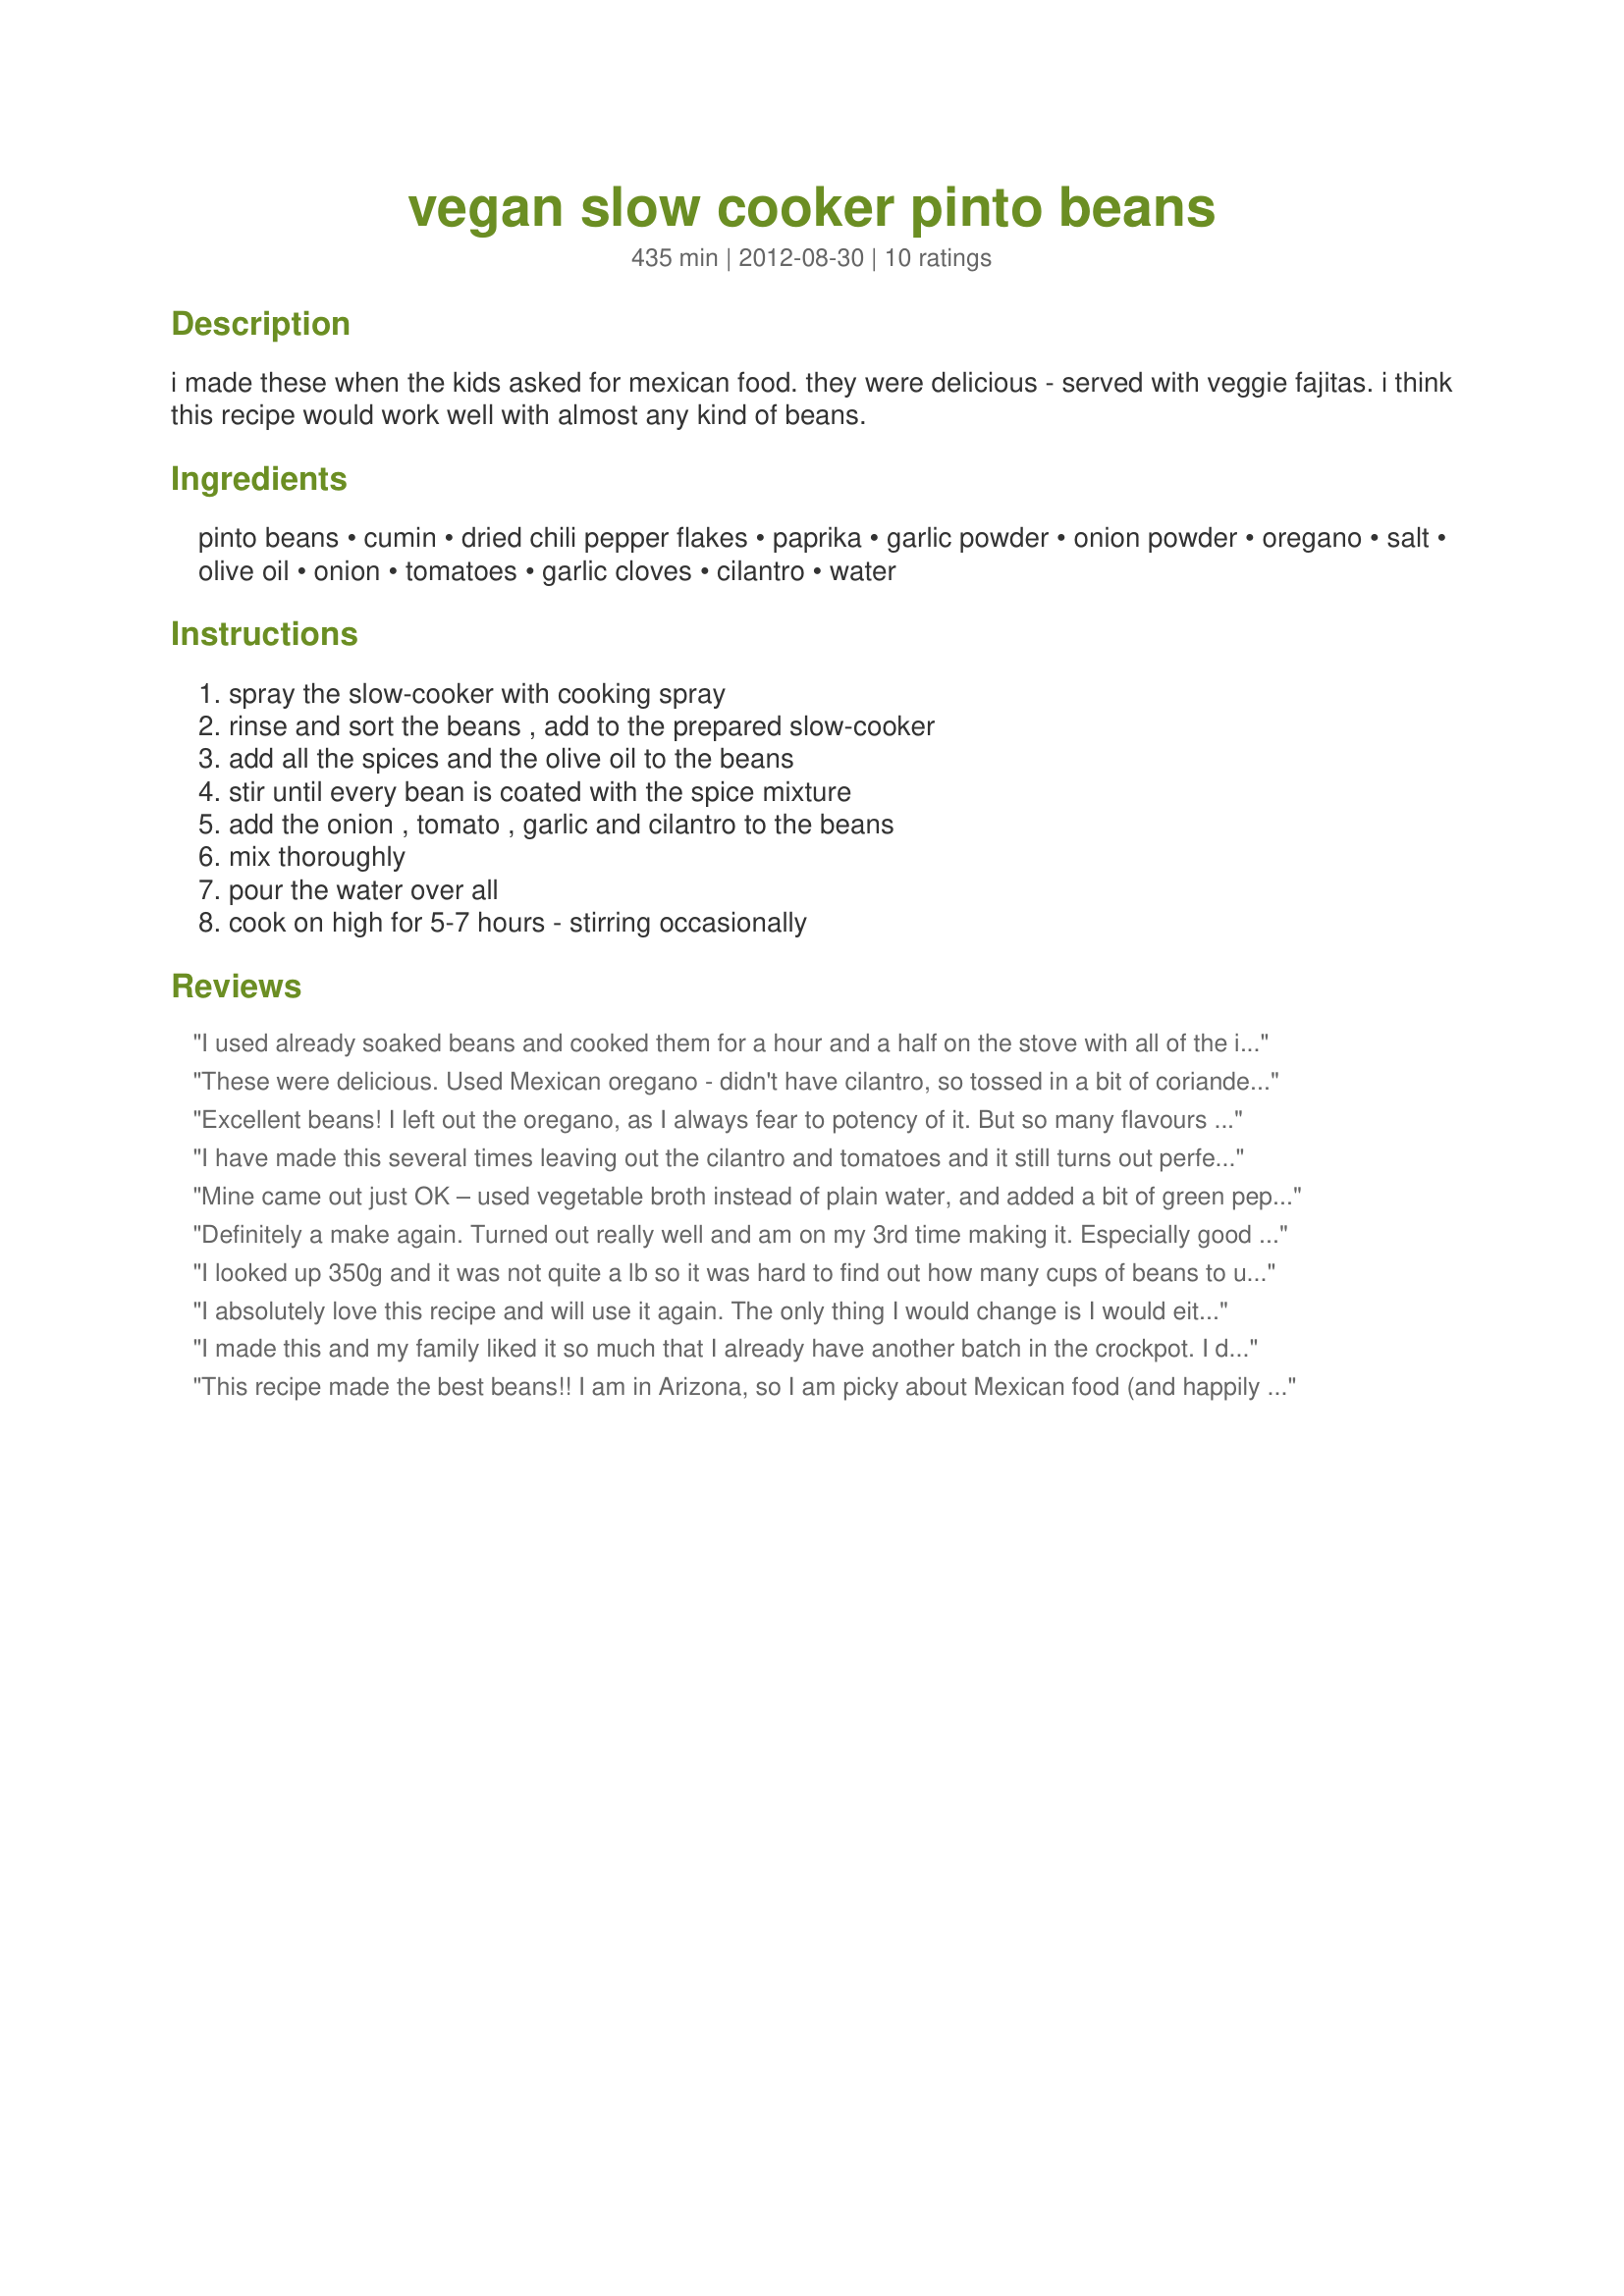
vegan slow cooker pinto beans
Preparation time: 435 minutes

i made these when the kids asked for mexican food. they were delicious - served with veggie fajitas. i think this recipe would work well with almost any kind of beans.

Ingredients:
pinto beans, cumin, dried chili pepper flakes, paprika, garlic powder, onion powder, oregano, salt, olive oil, onion, tomatoes, garlic cloves, cilantro, water

Steps:
spray the slow-cooker with cooking spray, rinse and sort the beans , add to the prepared slow-cooker, add all the spices and the olive oil to the beans, stir until every bean is coated with the spice mixture, add the onion , tomato , garlic and cilantro to the beans, mix thoroughly, pour the water over all, cook on high for 5-7 hours - stirring occasionally

Reviews:
I used already soaked beans and cooked them for a hour and a half on the stove with all of the ingredients. This recipe is excellent. I didn&#039;t change anything else. My kids loved it and I will make them again.
These were delicious. Used Mexican oregano - didn't have cilantro, so tossed in a bit of coriander. The next morning I gave the leftovers a couple whirls in the food processor, then refried them in olive oil. Fantastic refried beans! Will become a regular routine.
Excellent beans! I left out the oregano, as I always fear to potency of it. But so many flavours happening anyway. I also subbed pinto beans for borlotti beans, as the previous are hard to find in everyday Aussie stores. Definitely going to be a regular in our family
I have made this several times leaving out the cilantro and tomatoes and it still turns out perfect. This has become a family fave
Mine came out just OK – used vegetable broth instead of plain water, and added a bit of green pepper and also a rice mix near the end, to help soak up some water – otherwise, I thought I was following the recipe (?) it is mostly brown overall in color, and all I taste is the cumin. All other reviews are great, so I'm wondering if I did something wrong?
Definitely a make again. Turned out really well and am on my 3rd time making it. Especially good with rice. My changes: I bought a bag of pinto which was 450g instead of the called for 350g. I heaped the spice measurements to account for the extra 100g. I used a 16oz can diced tomato with juice instead of fresh tomato. I left out the cilantro and chili powder because my kids don't like spicy.
I looked up 350g and it was not quite a lb so it was hard to find out how many cups of beans to use since I do not have a food scale at home. 2 1/4C.
I absolutely love this recipe and will use it again. The only thing I would change is I would either greatly reduce the added salt or eliminate it entirely and allow it to be added to taste when served. 1 tsp. salt adds 2,325 mg. of sodium to the recipe and that is completely unnecessary. Great (albeit salty) flavor.
I made this and my family liked it so much that I already have another batch in the crockpot. I doubled the recipe; I did not have cumin so used black cumin seeds. It gave it a nice smokey flavor; I used whole dried chili peppers. Left out the onions and the cilantro because I didn&#039;t have any. Served it over brown rice.
This recipe made the best beans!! I am in Arizona, so I am picky about Mexican food (and happily spoiled!). My husband doesn’t like cooked tomatoes so I left that out. I will probably make these weekly. It is important to have a good source of dried beans. Hatch is a good brand. And really good quality herbs make a big difference. Thanks!
